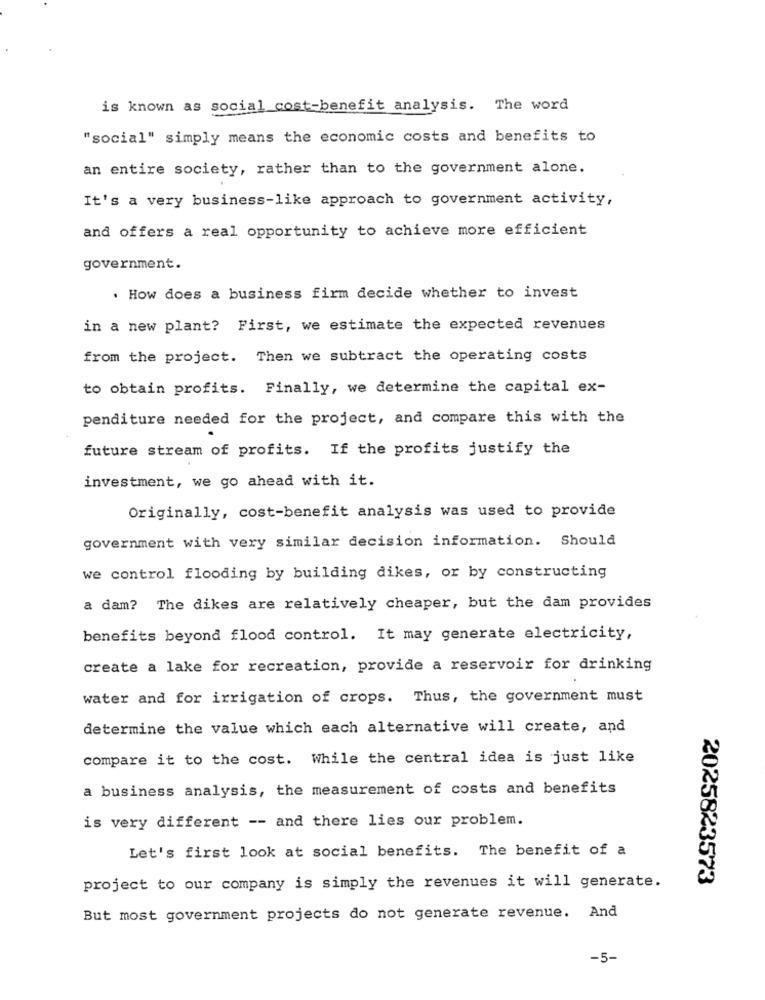
is known as social cost-benefit analysis. The word
"social" simply means the economic costs and benefits to
an entire society, rather than to the government alone.
It's a very business-like approach to government activity,
and offers a real opportunity to achieve more efficient
government.
. How does a business firm decide whether to invest
in a new plant? First, we estimate the expected revenues
from the project. Then we subtract the operating costs
to obtain profits. Finally, we determine the capital ex-
penditure needed for the project, and compare this with the
future stream of profits. If the profits justify the
investment, we go ahead with it.
Originally, cost-benefit analysis was used to provide
government with very similar decision information. Should
we control flooding by building dikes, or by constructing
a dam? The dikes are relatively cheaper, but the dam provides
benefits beyond flood control. It may generate electricity,
create a lake for recreation, provide a reservoir for drinking
water and for irrigation of crops. Thus, the government must
determine the value which each alternative will create, and
compare it to the cost. While the central idea is just like
a business analysis, the measurement of costs and benefits
is very different -- and there lies our problem.
Let's first look at social benefits. The benefit of a
2025823573
project to our company is simply the revenues it will generate.
But most government projects do not generate revenue. And
-5-